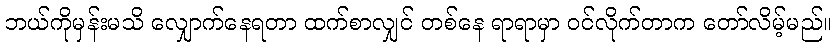
ဘယ်ကိုမှန်းမသိ လျှောက်နေရတာ ထက်စာလျှင် တစ်နေ ရာရာမှာ ဝင်လိုက်တာက တော်လိမ့်မည်။